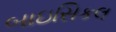
બાઇસિકલ